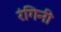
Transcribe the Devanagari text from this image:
रंगिनी